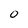
Character: O